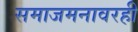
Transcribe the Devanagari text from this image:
समाजमनावरही